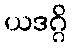
ယဒဂ္ဂိ